Lunatic asylums Bombay report 1878-1890 - 1878-1890
Year: 1878
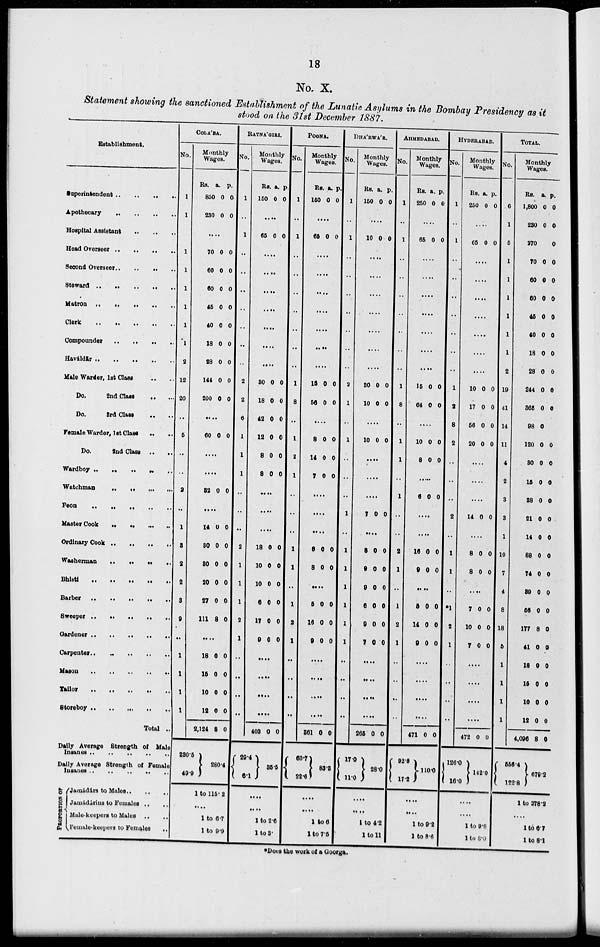
18
No. X.
Statement showing the sanctioned Establishment of the Lunatic, Asylums in the Bombay Presidency as it
stood on the 31st December 1887.
Establishment.
Superintendent .. .. .. ..
A pothecary
..
..
..
..
Hospital Assistant
..
..
..
..
Head Overseer
..
..
..
..
Second Overseer .. .. .. ..
Steward
..
..
..
..
Matron
..
..
..
..
Clerk
..
..
..
..
Compounder .. .. .. ..
Haváldär .. .. .. ..
Male Warder, 1st Class .. .. .. ..
Do.
2nd Class .. .. .. ..
Do.
3rd
Class .. .. .. ..
Female Warder, 1st Class .. .. .. ..
Do.
2nd Class .. .. .. ..
Wardboy
..
..
..
..
Watchman
..
..
..
..
Peon .. .. .. ..
Master Cook
..
..
..
..
Ordinary Cook .. .. .. ..
washerman .. .. .. ..
Bhisti .. .. .. ..
Barber .. .. .. ..
Sweeper .. .. .. ..
Gaedener .. .. .. ..
Carpenter
..
..
..
..
Mason .. .. .. ..
Tailor .. .. .. ..
Storeboy
..
..
..
..
Total ..
Daily Average Strength of Male Insanes .. .. .. ..
Daily Average Strength of Female Insanes .. .. .. ..
PROPORTION OF
Jamádárs to Males
..
..
..
Jamádárins to Females .. .. ..
Male-keepers to Males .. .. ..
Female-keepers to Females .. .. ..
COLA'BA.
No.
1
1
..
1
1
1
1
1
1
2
12
20
..
5
..
..
2
..
1
3
2
2
8
9
..
1
1
1
1
Monthly
Wages.
Rs.
850
230
a.
0
0
p.
0
0
.. ..
70
60
60
45
40
18
28
144
200
0
0
0
0
0
0
0
0
0
0
0
0
0
0
0
0
0
0
.. ..
60 0 0
.. ..
.. ..
82 0 0
.. ..
14
30
30
20
27
111
0
0
0
0
0
8
0
0
0
0
0
0
.. ..
18
15
10
12
2,124
280.5
49.9
0
0
0
0
8
0
0
0
0
0
RATNA'GIRI.
No.
1
..
1
..
..
..
..
..
..
..
2
2
6
1
1
1
..
..
..
2
1
1
1
2
1
..
..
..
..
280.4
1 to 115.2
....
1 to 6.7
1 to 9.9
Monthly
Wages.
Rs.
150
a.
0
p.
0
.. ..
65 0 0
.. ..
.. ..
.. ..
.. ..
.. ..
.. ..
.. ..
30
18
42
12
8
8
0
0
0
0
0
0
0
0
0
0
0
0
.. ..
.. ..
.. ..
13
10
10
6
17
9
0
0
0
0
0
0
0
0
0
0
0
0
.. ..
.. ..
.. ..
.. ..
403 0
29.4
5.1
0
POONA.
No.
1
..
1
..
..
..
..
..
..
..
1
8
..
1
2
1
..
..
..
2
2
..
1
2
1
..
..
..
..
0
35.5
....
....
1 to 2.6
1 to 3.
Monthly
Wages.
Rs.
150
a.
0
p.
0
.. ..
65 0 0
.. ..
.. ..
.. ..
.. ..
.. ..
.. ..
.. ..
15
56
0
0
0
0
.. ..
8
14
7
0
0
0
0
0
0
.. ..
.. ..
.. ..
8
8
0
0
0
0
.. ..
1
2
1
0
16
9
0
0
0
.. ..
.. ..
.. ..
.. ..
361 0
60.7
22.6
0
DHA'RWA'R.
No.
1
..
1
..
..
..
..
..
..
..
2
1
..
1
..
..
..
1
..
1
1
1
1
1
1
..
..
..
..
0
83.8
....
....
1 to 6
1 to 7.5
Monthly
Wages.
Rs.
150
a.
0
p.
0
.. ..
10 0 0
.. ..
.. ..
.. ..
.. ..
.. ..
.. ..
.. ..
30
10
0
0
0
0
.. ..
10 0 0
.. ..
.. ..
.. ..
7 7 0
.. ..
8
9
9
6
9
7
0
0
0
0
0
0
0
0
0
0
0
0
.. ..
.. ..
.. ..
.. ..
265 0
17.0
11.1
0
AHMEDABAD.
No.
1
..
1
..
..
..
..
..
..
..
1
8
..
1
1
..
1
..
..
2
1
..
1
2
1
..
..
..
..
0
28.0
....
....
1 to 4-2
1 to 11
Monthly
Wages.
Rs.
250
a.
0
p.
0
.. ..
65 0 0
.. ..
.. ..
.. ..
.. ..
.. ..
.. ..
.. ..
15
64
0
0
0
0
.. ..
10
8
0
0
0
0
.. ..
6 0 0
.. ..
.. ..
10
0
0
0
0
0
.. ..
5
14
9
0
0
0
0
0
0
.. ..
.. ..
.. ..
.. ..
471 0
92.8
17.2
0
10.0
HYDERABAD.
No.
1
..
1
..
..
..
..
..
..
..
1
2
8
2
..
..
..
2
..
1
1
..
1
2
1
..
..
..
..
Monthly
Wages.
Rs.
250
a.
0
p.
0
.. ..
65 0 0
.. ..
.. ..
.. ..
.. ..
.. ..
.. ..
.. ..
10
17
56
20
0
0
0
0
0
0
0
0
.. ..
.. ..
.. ..
14 0 0
.. ..
8
8
0
0
0
0
.. ..
7 0 0
.. ..
.. ..
.. ..
.. ..
472
126.0
16.0
....
....
1 to 9.2
1 to 8.6
0 0
TOTAL.
No.
6
1
5
1
1
1
1
1
1
2
19
41
14
11
4
2
8
8
1
10
7
4
8
18
6
1
1
1
1
0
142.0
....
....
1 to 9.8
1 to 8.0
Monthly
Wages.
Rs.
1,800
280
270
70
60
60
45
40
18
28
244
365
98
120
80
15
88
21
14
88
74
39
56
177
41
18
16
10
12
4,096
a.
0
0
0
0
0
0
0
0
0
0
0
0
0
0
0
0
0
0
0
0
0
0
8
0
0
0
0
8
8
556.4
122.8
p.
0
0
0
0
0
0
0
0
0
0
0
0
0
0
0
0
0
0
0
0
0
0
0
0
0
0
0
0
0
679.2
1 to 278.2
....
1 to 6.7
1 to 8.1
* Does the work of a Goorga.